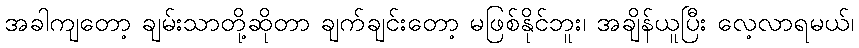
အခါကျတော့ ချမ်းသာတို့ဆိုတာ ချက်ချင်းတော့ မဖြစ်နိုင်ဘူး၊ အချိန်ယူပြီး လေ့လာရမယ်၊